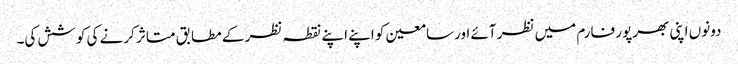
دونوں اپنی بھرپور فارم میں نظر آئے اورسامعین کو اپنے اپنے نقطہ نظر کے مطابق متاثر کرنے کی کوشش کی۔